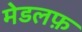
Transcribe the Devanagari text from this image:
मेडलफ़